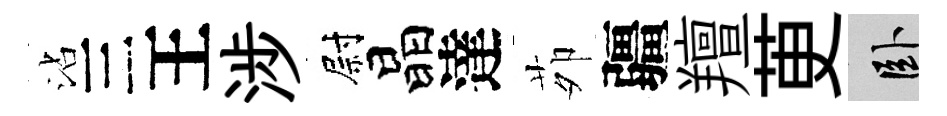
沾三王涉尉晶達茆疆羶茰卧